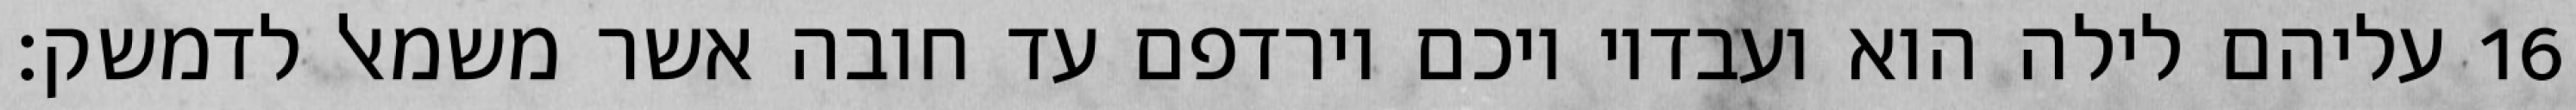
עליהם לילה הוא ועבדיו ויכם וירדפם עד חובה אשר משמאל לדמשק׃ ‎16‏